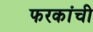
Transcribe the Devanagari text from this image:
फरकांची